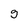
Character: g